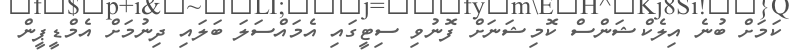
ކަމަށް ބުނެ އިލެކްޝަންސް ކޮމިޝަނަށް ފޮނުވި ސިޓީގައި އެމައްސަލަ ބަލައި ދިނުމަށް އެމްޑީޕީން